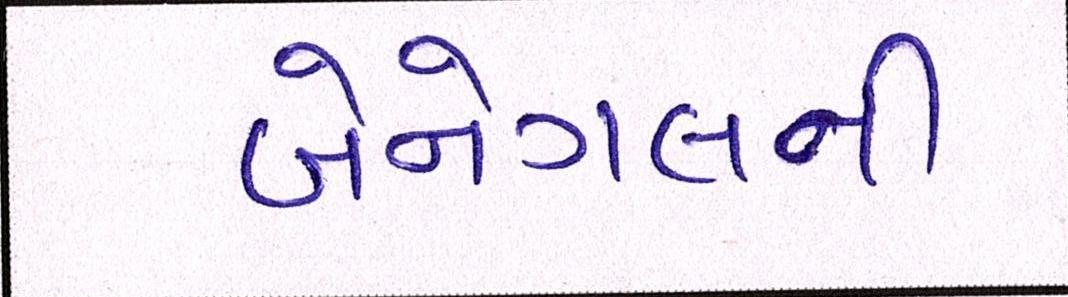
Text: બેનેગલની